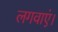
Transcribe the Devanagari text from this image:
लगवाएं।